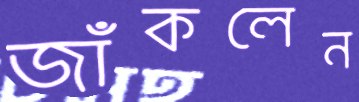
জাঁকলেন